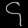
Digit: ၄